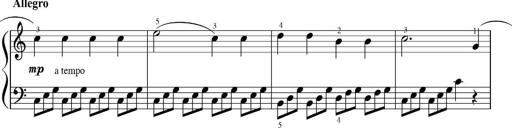
Title: Sonatinas
Composer: Andrew Violette